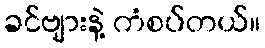
ခင်ဗျားနဲ့ ကံစပ်တယ်။